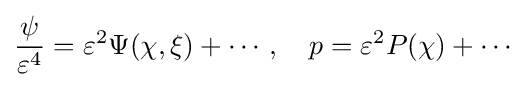
{\frac {\psi }{\varepsilon ^{4}}}=\varepsilon ^{2}\Psi (\chi ,\xi )+\cdots ,\quad p=\varepsilon ^{2}P(\chi )+\cdots